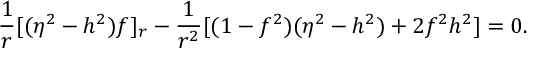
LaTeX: \frac { 1 } { r } [ ( \eta ^ { 2 } - h ^ { 2 } ) f ] _ { r } - \frac { 1 } { r ^ { 2 } } [ ( 1 - f ^ { 2 } ) ( \eta ^ { 2 } - h ^ { 2 } ) + 2 f ^ { 2 } h ^ { 2 } ] = 0 .